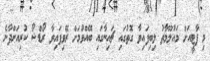
މި ޕާޓީއަށް މައުލޫމާތު ލިބިފައިވާ ގޮތުގައި ޗައިނާގައި ބޭއްވުމަށް ރޭވިފައިވާ ރޯޑްޝޯ ކުރިއަށްދާނެ